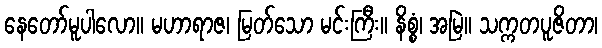
နေတော်မူပါလော။ မဟာရာဇ၊ မြတ်သော မင်းကြီး။ နိစ္စံ၊ အမြဲ။ သက္ကတပူဇိတာ၊